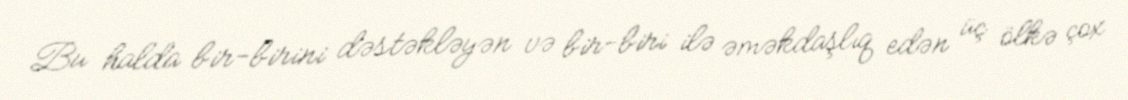
Bu halda bir-birini dəstəkləyən və bir-biri ilə əməkdaşlıq edən üç ölkə çox